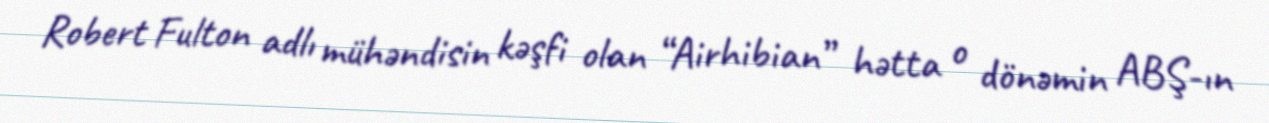
Robert Fulton adlı mühəndisin kəşfi olan “Airhibian” hətta o dönəmin ABŞ-ın